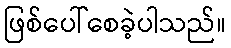
ဖြစ်ပေါ်စေခဲ့ပါသည်။